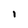
Character: I